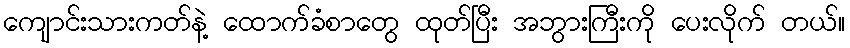
ကျောင်းသားကတ်နဲ့ ထောက်ခံစာတွေ ထုတ်ပြီး အဘွားကြီးကို ပေးလိုက် တယ်။